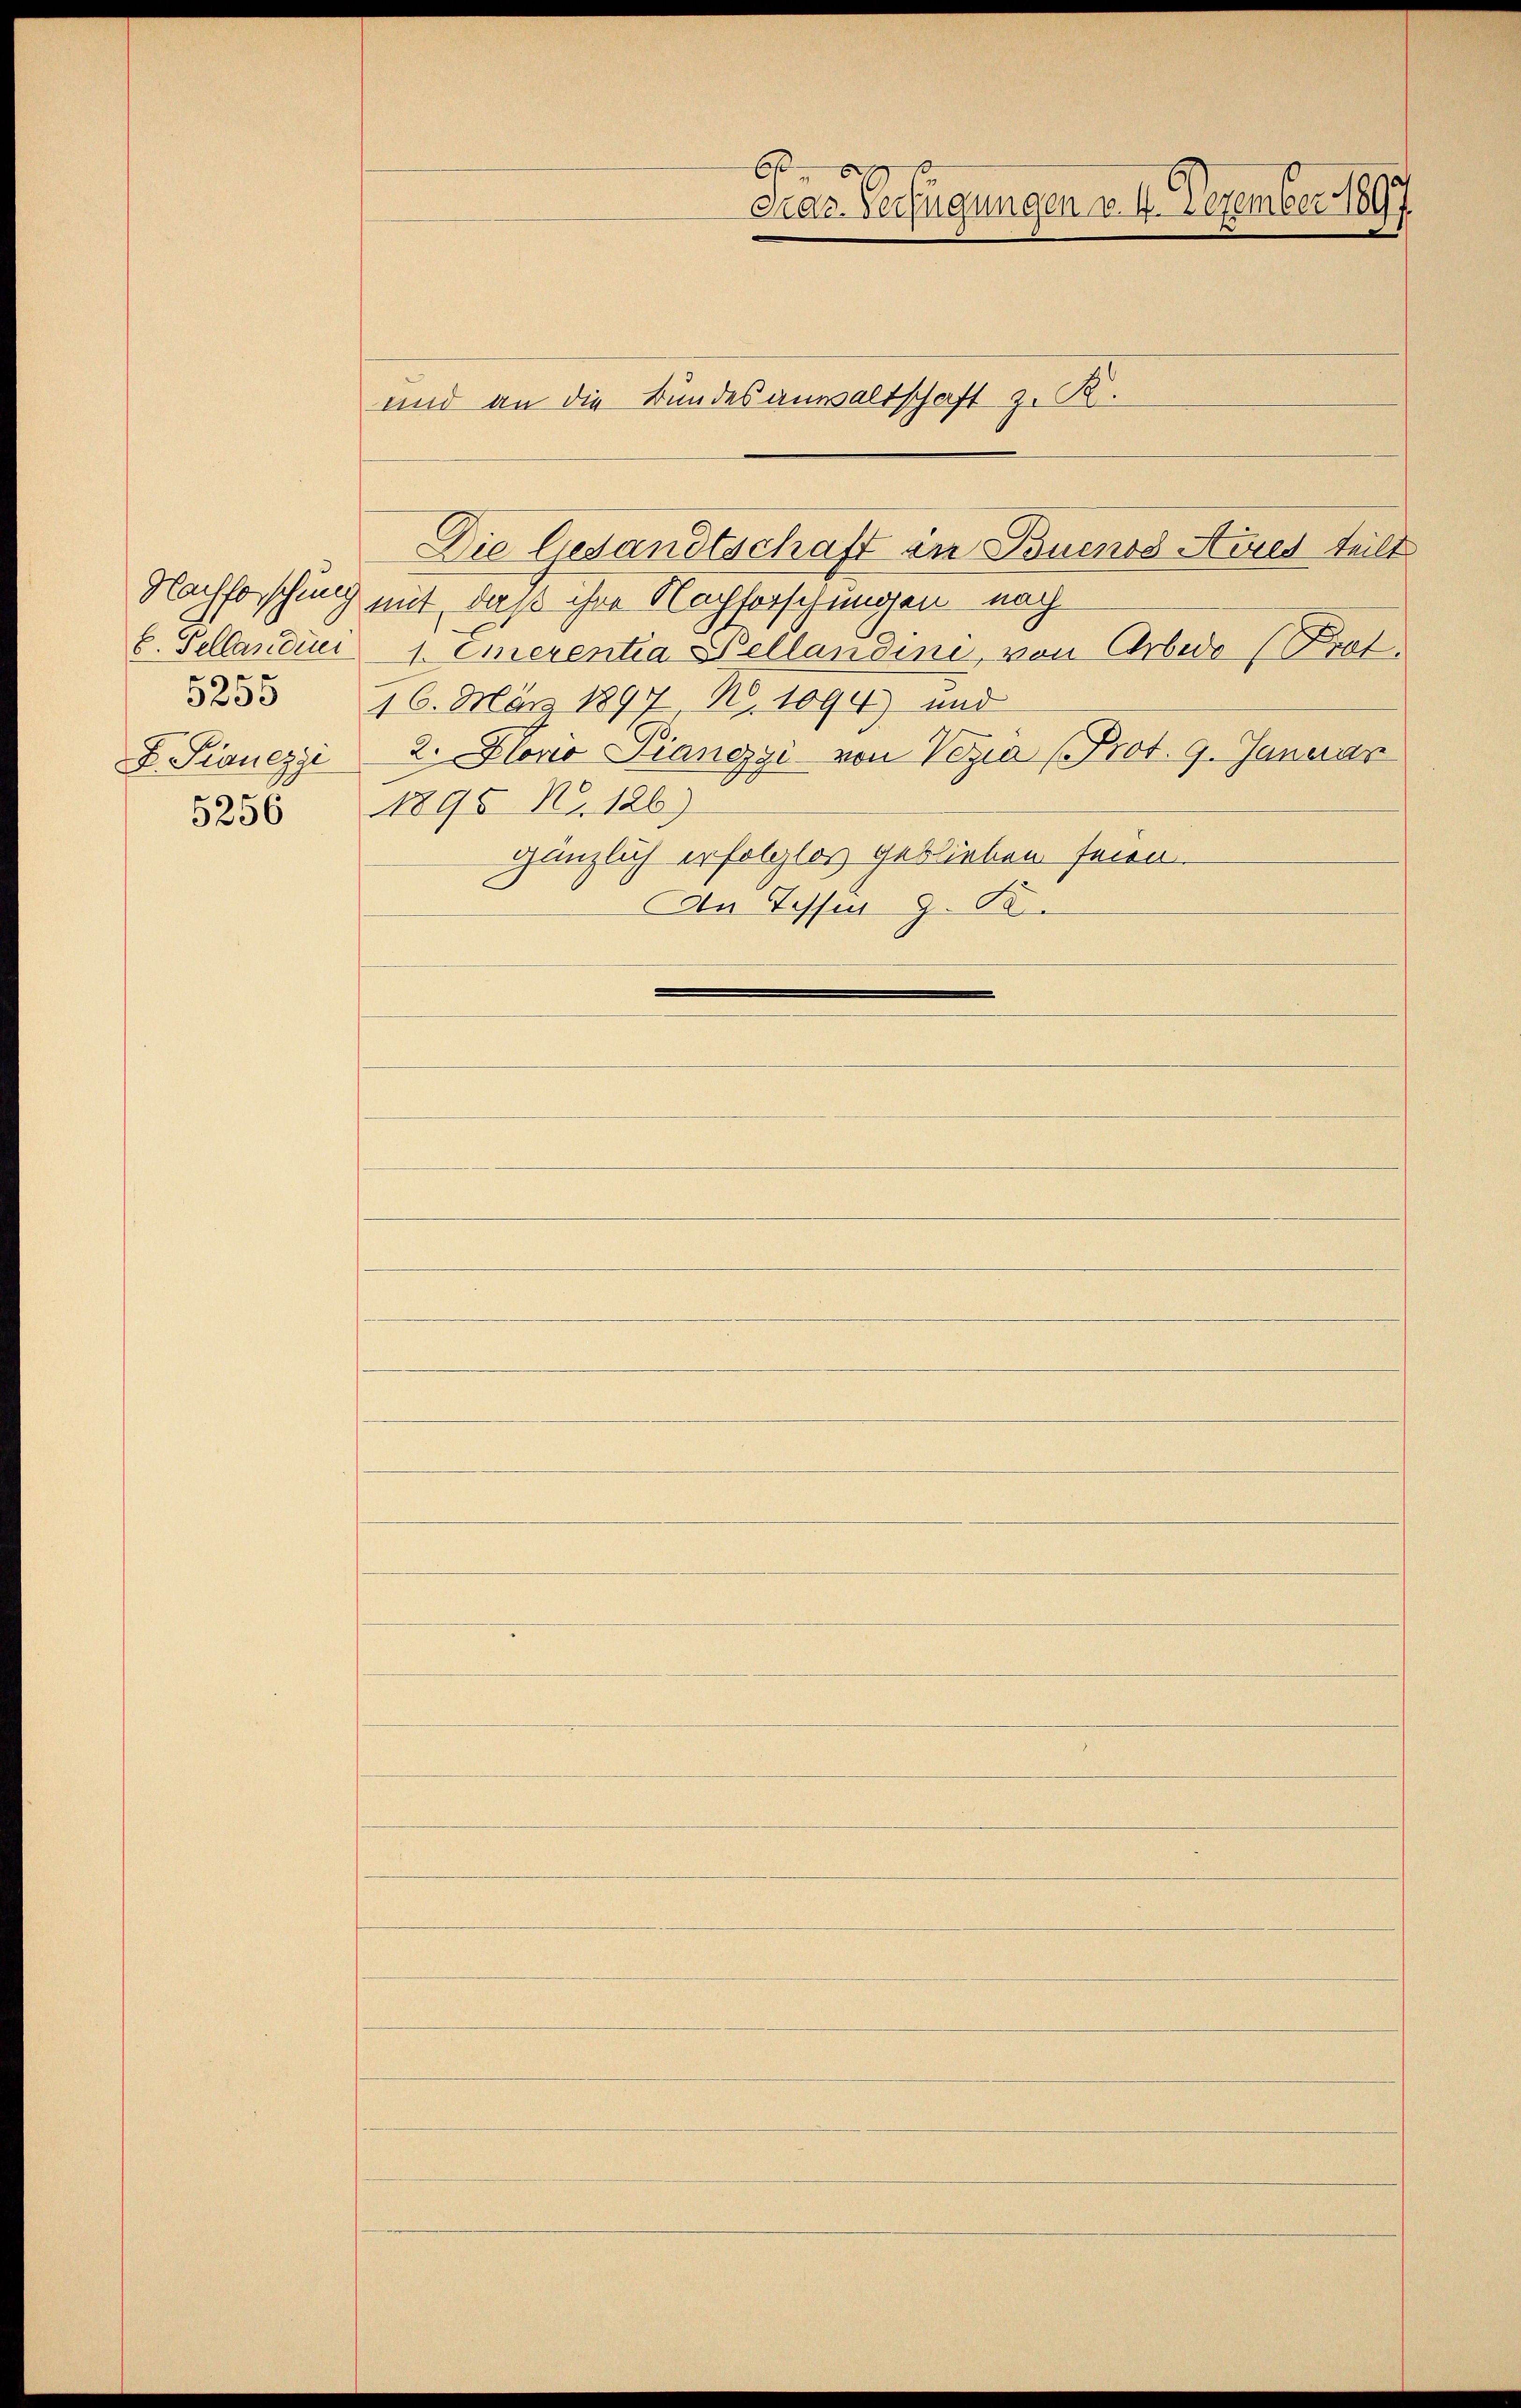
5255
5256

Nachforschung mit, daß ihre Nachforschungen nach
b. Sellanden 1. Emerentia Wellandini, von Arbedo Prof.
16. März 1897 N. 1094) und
 Pionezzi 2. Horio Piangzi von Vizia (Prot. 9. Januar
1895 Nr. 126)
gänzlich erfolglos geblieben seien.
An Tessin z. B.

6.
Gras Verfügungen v. 4. Dezember 1897.
und an die Bundesanwaltschaft z. K.
Die Gesandtschaft in Buenos Aires teilt